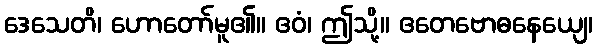
ဒေသေတိ၊ ဟောတော်မူ၏။ ဧဝံ၊ ဤသို့။ ဧတေဗောဓနေယျေ၊